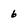
Character: 6